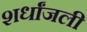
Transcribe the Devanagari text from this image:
शर्धांजली